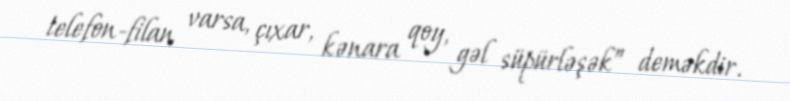
telefon-filan varsa, çıxar, kənara qoy, gəl süpürləşək” deməkdir.